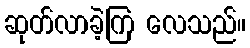
ဆုတ်လာခဲ့ကြ လေသည်။